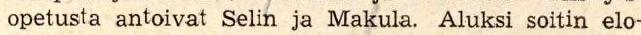
opetusta antoivat Selin ja Makula. Aluksi soitin elo-